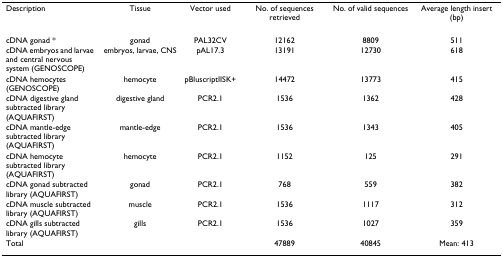
<table><thead><tr><td><b>Description</b></td><td><b>Tissue</b></td><td><b>Vector used</b></td><td><b>No. of sequences retrieved</b></td><td><b>No. of valid sequences</b></td><td><b>Average length insert (bp)</b></td></tr></thead><tbody><tr><td>cDNA gonad *</td><td>gonad</td><td>PAL32CV</td><td>12162</td><td>8809</td><td>511</td></tr><tr><td>cDNA embryos and larvae and central nervous system (GENOSCOPE)</td><td>embryos, larvae, CNS</td><td>pAL17.3</td><td>13191</td><td>12730</td><td>618</td></tr><tr><td>cDNA hemocytes (GENOSCOPE)</td><td>hemocyte</td><td>pBluscriptIISK+</td><td>14472</td><td>13773</td><td>415</td></tr><tr><td>cDNA digestive gland subtracted library (AQUAFIRST)</td><td>digestive gland</td><td>PCR2.1</td><td>1536</td><td>1362</td><td>428</td></tr><tr><td>cDNA mantle-edge subtracted library (AQUAFIRST)</td><td>mantle-edge</td><td>PCR2.1</td><td>1536</td><td>1343</td><td>405</td></tr><tr><td>cDNA hemocyte subtracted library (AQUAFIRST)</td><td>hemocyte</td><td>PCR2.1</td><td>1152</td><td>125</td><td>291</td></tr><tr><td>cDNA gonad subtracted library (AQUAFIRST)</td><td>gonad</td><td>PCR2.1</td><td>768</td><td>559</td><td>382</td></tr><tr><td>cDNA muscle subtracted library (AQUAFIRST)</td><td>muscle</td><td>PCR2.1</td><td>1536</td><td>1117</td><td>312</td></tr><tr><td>cDNA gills subtracted library (AQUAFIRST)</td><td>gills</td><td>PCR2.1</td><td>1536</td><td>1027</td><td>359</td></tr><tr><td>Total</td><td></td><td></td><td>47889</td><td>40845</td><td>Mean: 413</td></tr></tbody></table>